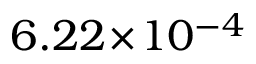
6 . 2 2 \! \times \! 1 0 ^ { - 4 }